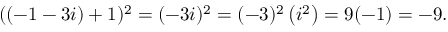
( ( - 1 - 3 i ) + 1 ) ^ { 2 } = ( - 3 i ) ^ { 2 } = ( - 3 ) ^ { 2 } \left( i ^ { 2 } \right) = 9 ( - 1 ) = - 9 .